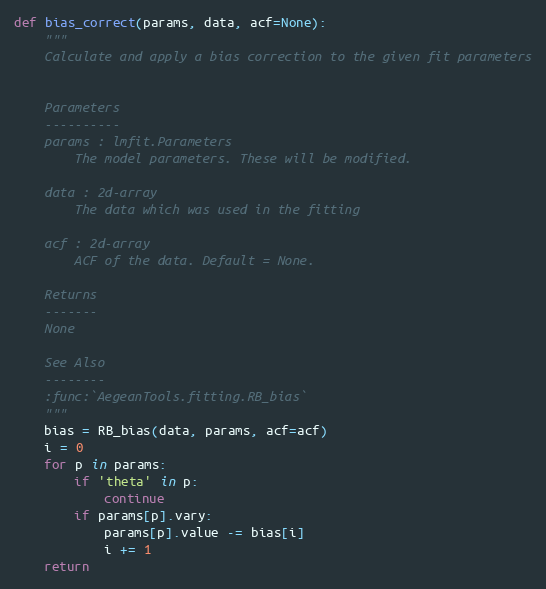
Language: Python
def bias_correct(params, data, acf=None):
    """
    Calculate and apply a bias correction to the given fit parameters

    Parameters
    ----------
    params : lmfit.Parameters
        The model parameters. These will be modified.

    data : 2d-array
        The data which was used in the fitting

    acf : 2d-array
        ACF of the data. Default = None.

    Returns
    -------
    None

    See Also
    --------
    :func:`AegeanTools.fitting.RB_bias`
    """
    bias = RB_bias(data, params, acf=acf)
    i = 0
    for p in params:
        if 'theta' in p:
            continue
        if params[p].vary:
            params[p].value -= bias[i]
            i += 1
    return